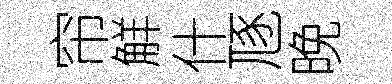
帘觧什豗晚